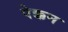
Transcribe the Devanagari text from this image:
पेक्कन